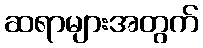
ဆရာများအတွက်